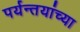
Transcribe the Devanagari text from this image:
पर्यन्तयांच्या